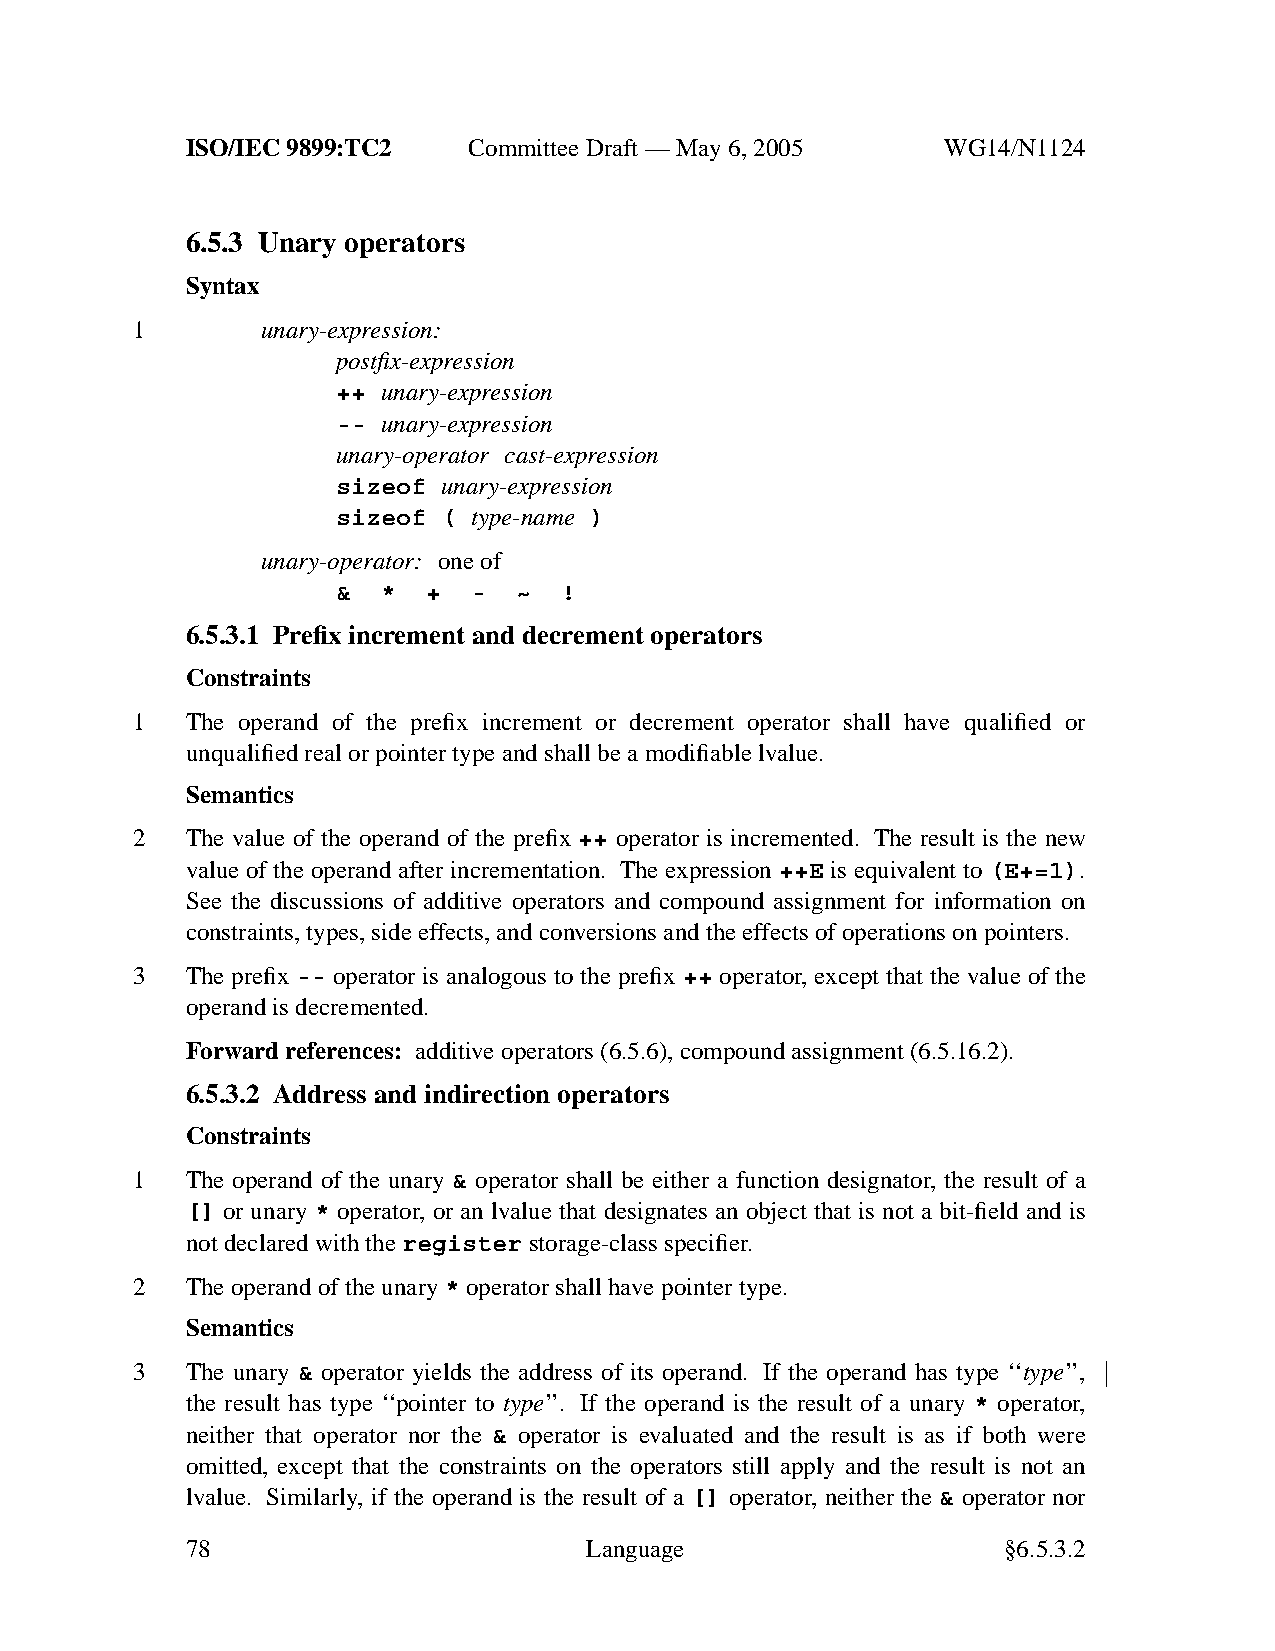
ISO/IEC 9899:TC2   Committee Draft — May 6, 2005   WG14/N1124
 6.5.3 Unary operators
 Syntax
 1       unary-expression:
 postfix-expression
 ++ unary-expression
 -- unary-expression
 unary-operator cast-expression
 sizeof unary-expression
 sizeof ( type-name )
 unary-operator: one of
 &  *  +  -  ~  !
 6.5.3.1 Prefix increment and decrement operators
 Constraints
 1  The operand of the prefix increment or decrement operator shall have qualified or
 unqualified real or pointer type and shall be a modifiable lvalue.
 Semantics
 2  The value of the operand of the prefix ++ operator is incremented. The result is the new
 value of the operand after incrementation. The expression ++E is equivalent to (E+=1).
 See the discussions of additive operators and compound assignment for information on
 constraints, types, side effects, and conversions and the effects of operations on pointers.
 3  The prefix -- operator is analogous to the prefix ++ operator, except that the value of the
 operand is decremented.
 Forward references: additive operators (6.5.6), compound assignment (6.5.16.2).
 6.5.3.2 Address and indirection operators
 Constraints
 1  The operand of the unary & operator shall be either a function designator, the result of a
 [] or unary * operator, or an lvalue that designates an object that is not a bit-field and is
 not declared with theregister storage-class specifier.
 2  The operand of the unary * operator shall have pointer type.
 Semantics
 3  The unary & operator yields the address of its operand. If the operand has type ‘‘type’’,
 the result has type ‘‘pointer to type’’. If the operand is the result of a unary * operator,
 neither that operator nor the & operator is evaluated and the result is as if both were
 omitted, except that the constraints on the operators still apply and the result is not an
 lvalue. Similarly, if the operand is the result of a [] operator, neither the & operator nor
 78                         Language                    §6.5.3.2